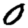
Digit: 0